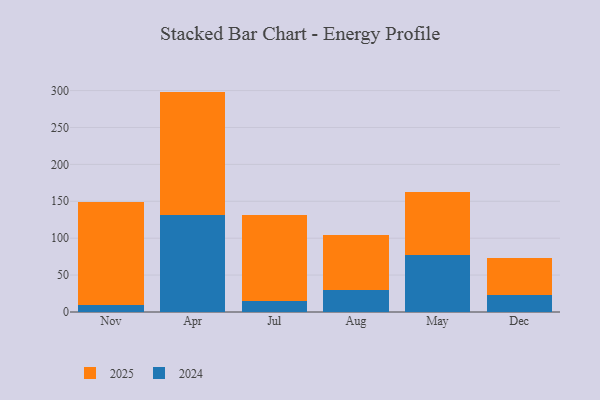
{"axis": {"x": "Month", "y": "Population (Million)"}, "legend": ["2024", "2025"], "data": [{"x": "Nov", "y": 9.6, "type": "2024"}, {"x": "Nov", "y": 140.0, "type": "2025"}, {"x": "Apr", "y": 131.1, "type": "2024"}, {"x": "Apr", "y": 167.5, "type": "2025"}, {"x": "Jul", "y": 14.4, "type": "2024"}, {"x": "Jul", "y": 116.8, "type": "2025"}, {"x": "Aug", "y": 29.2, "type": "2024"}, {"x": "Aug", "y": 74.9, "type": "2025"}, {"x": "May", "y": 77.2, "type": "2024"}, {"x": "May", "y": 84.8, "type": "2025"}, {"x": "Dec", "y": 23.7, "type": "2024"}, {"x": "Dec", "y": 50.0, "type": "2025"}]}